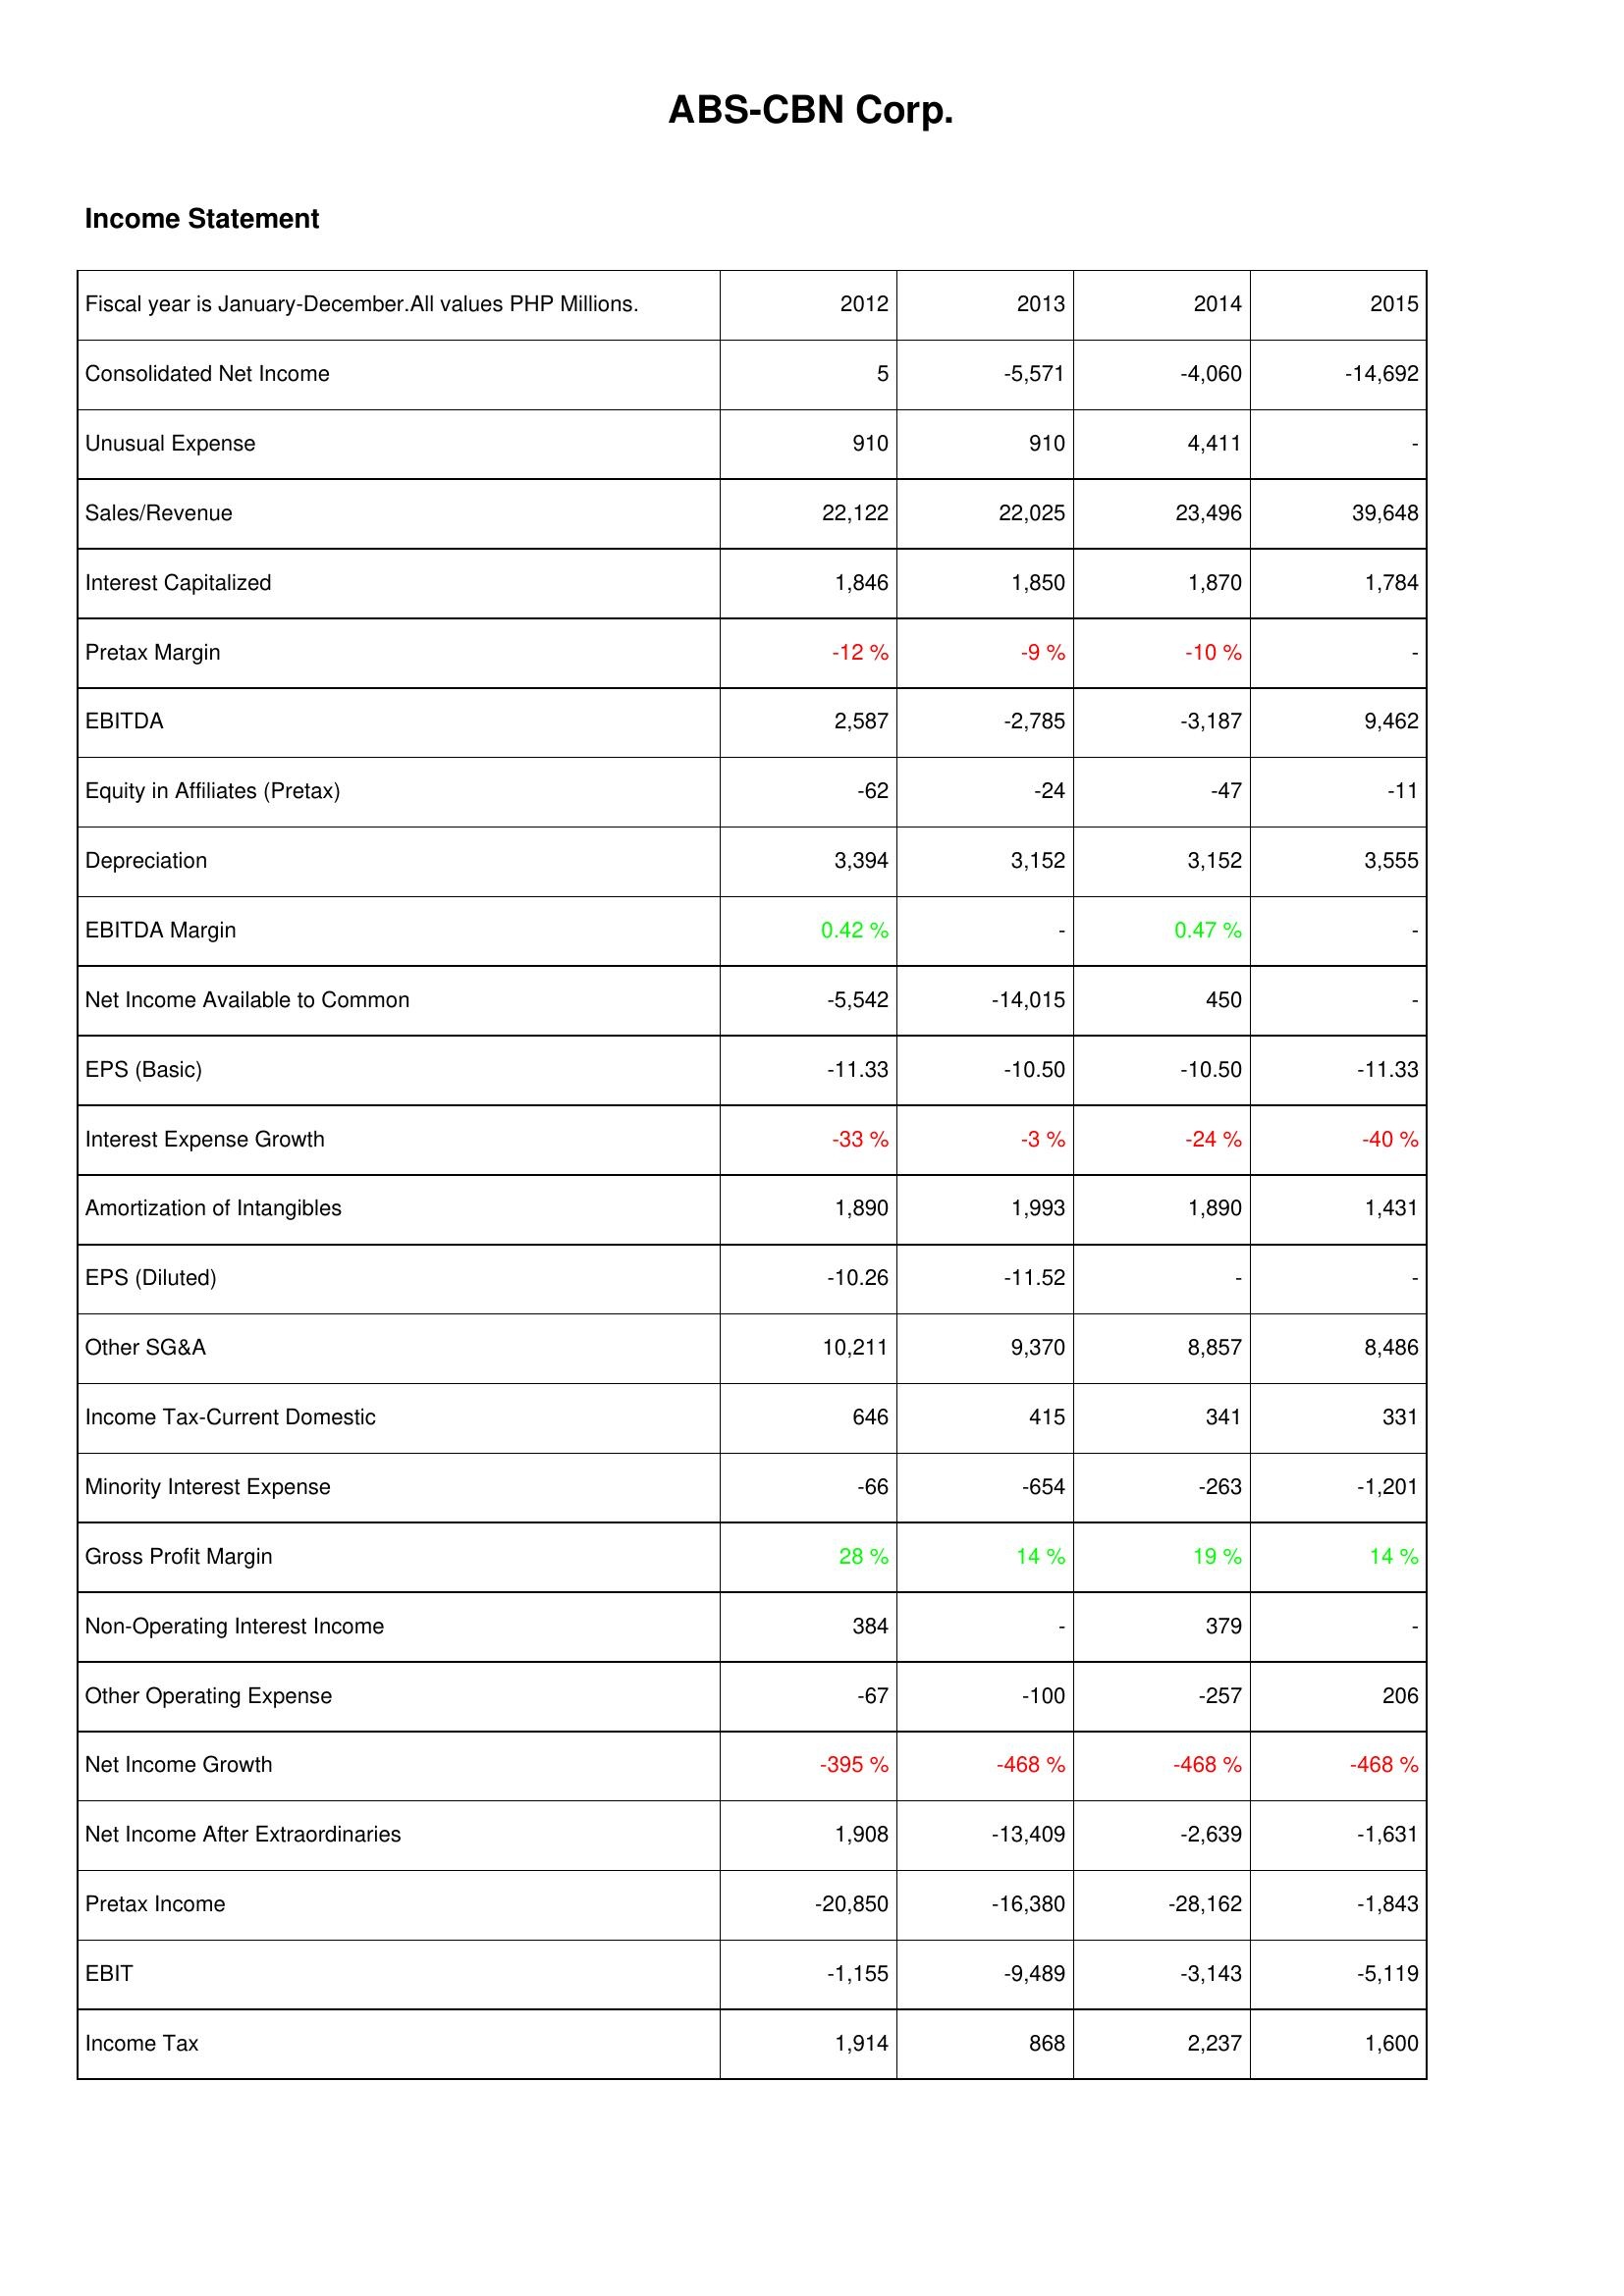
2012: Income Statement: Consolidated Net Income: 5
Unusual Expense: 910
Sales/Revenue: 22,122
Interest Capitalized: 1,846
Pretax Margin: -12 %
EBITDA: 2,587
Equity in Affiliates (Pretax): -62
Depreciation: 3,394
EBITDA Margin: 0.42 %
Net Income Available to Common: -5,542
EPS (Basic): -11.33
Interest Expense Growth: -33 %
Amortization of Intangibles: 1,890
EPS (Diluted): -10.26
Other SG&A: 10,211
Income Tax-Current Domestic: 646
Minority Interest Expense: -66
Gross Profit Margin: 28 %
Non-Operating Interest Income: 384
Other Operating Expense: -67
Net Income Growth: -395 %
Net Income After Extraordinaries: 1,908
Pretax Income: -20,850
EBIT: -1,155
Income Tax: 1,914
2013: Income Statement: Consolidated Net Income: -5,571
Unusual Expense: 910
Sales/Revenue: 22,025
Interest Capitalized: 1,850
Pretax Margin: -9 %
EBITDA: -2,785
Equity in Affiliates (Pretax): -24
Depreciation: 3,152
EBITDA Margin: -
Net Income Available to Common: -14,015
EPS (Basic): -10.50
Interest Expense Growth: -3 %
Amortization of Intangibles: 1,993
EPS (Diluted): -11.52
Other SG&A: 9,370
Income Tax-Current Domestic: 415
Minority Interest Expense: -654
Gross Profit Margin: 14 %
Non-Operating Interest Income: -
Other Operating Expense: -100
Net Income Growth: -468 %
Net Income After Extraordinaries: -13,409
Pretax Income: -16,380
EBIT: -9,489
Income Tax: 868
2014: Income Statement: Consolidated Net Income: -4,060
Unusual Expense: 4,411
Sales/Revenue: 23,496
Interest Capitalized: 1,870
Pretax Margin: -10 %
EBITDA: -3,187
Equity in Affiliates (Pretax): -47
Depreciation: 3,152
EBITDA Margin: 0.47 %
Net Income Available to Common: 450
EPS (Basic): -10.50
Interest Expense Growth: -24 %
Amortization of Intangibles: 1,890
EPS (Diluted): -
Other SG&A: 8,857
Income Tax-Current Domestic: 341
Minority Interest Expense: -263
Gross Profit Margin: 19 %
Non-Operating Interest Income: 379
Other Operating Expense: -257
Net Income Growth: -468 %
Net Income After Extraordinaries: -2,639
Pretax Income: -28,162
EBIT: -3,143
Income Tax: 2,237
2015: Income Statement: Consolidated Net Income: -14,692
Unusual Expense: -
Sales/Revenue: 39,648
Interest Capitalized: 1,784
Pretax Margin: -
EBITDA: 9,462
Equity in Affiliates (Pretax): -11
Depreciation: 3,555
EBITDA Margin: -
Net Income Available to Common: -
EPS (Basic): -11.33
Interest Expense Growth: -40 %
Amortization of Intangibles: 1,431
EPS (Diluted): -
Other SG&A: 8,486
Income Tax-Current Domestic: 331
Minority Interest Expense: -1,201
Gross Profit Margin: 14 %
Non-Operating Interest Income: -
Other Operating Expense: 206
Net Income Growth: -468 %
Net Income After Extraordinaries: -1,631
Pretax Income: -1,843
EBIT: -5,119
Income Tax: 1,600